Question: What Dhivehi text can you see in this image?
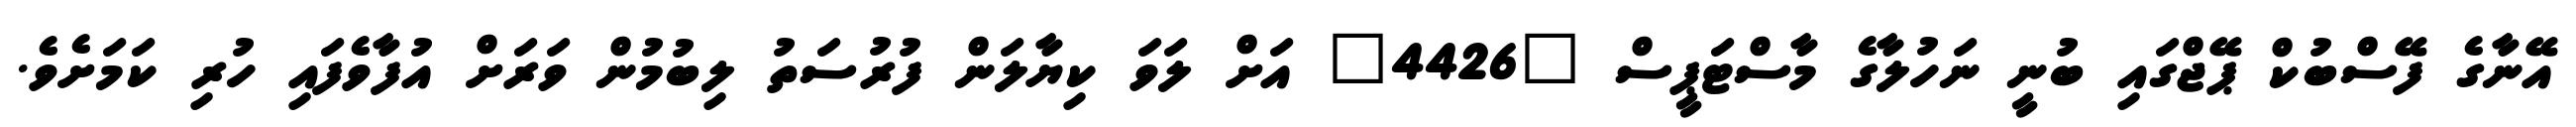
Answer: އޭނާގެ ފޭސްބުކް ޕޭޖްގައި ބުނީ ނަހުލާގެ މާސްޓަޕީސް "4426" އަށް ލަވަ ކިޔާލަން ފުރުސަތު ލިބުމުން ވަރަށް އުފާވެފައި ހުރި ކަމަށެވެ.